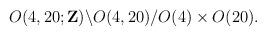
LaTeX: \begin{align*}O(4,20;{\bf Z}) \backslash O(4,20) / O(4) \times O(20).\end{align*}